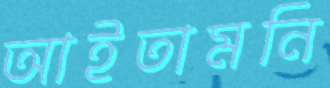
আইতামনি